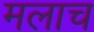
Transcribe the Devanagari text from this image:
मलाच